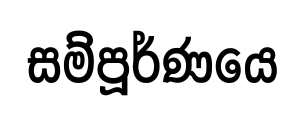
සම්පූර්ණයෙ